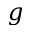
g